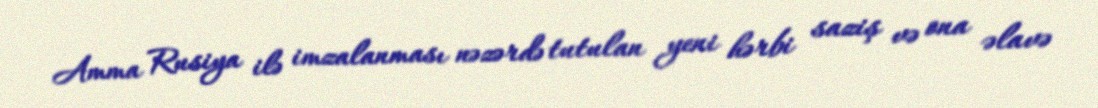
Amma Rusiya ilə imzalanması nəzərdə tutulan yeni hərbi saziş və ona əlavə